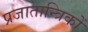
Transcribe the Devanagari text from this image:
प्रजातान्त्रिकों